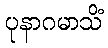
ပုနာဂမာသိံ